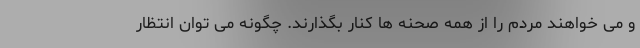
و می خواهند مردم را از همه صحنه ها کنار بگذارند. چگونه می توان انتظار